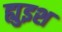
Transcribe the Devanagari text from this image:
ह्युइश